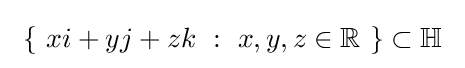
\ \{\ xi+yj+zk\ :\ x,y,z\in \mathbb {R} \ \}\subset \mathbb {H} \